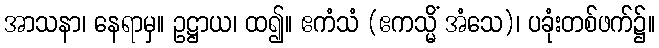
အာသနာ၊ နေရာမှ။ ဥဋ္ဌာယ၊ ထ၍။ ဧကံသံ (ဧကသ္မိံ အံသေ)၊ ပခုံးတစ်ဖက်၌။